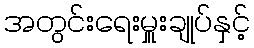
အတွင်းရေးမှူးချုပ်နှင့်